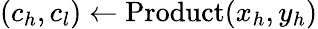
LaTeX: (c_{h},c_{l})\gets\mathrm{Product}(x_{h},y_{h})